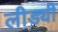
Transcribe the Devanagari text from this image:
लीड्यी